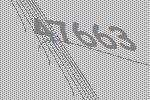
47663